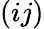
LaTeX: (ij)